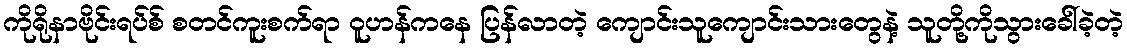
ကိုရိုနာဗိုင်းရပ်စ် စတင်ကူးစက်ရာ ဝူဟန်ကနေ ပြန်လာတဲ့ ကျောင်းသူကျောင်းသားတွေနဲ့ သူတို့ကိုသွားခေါ်ခဲ့တဲ့